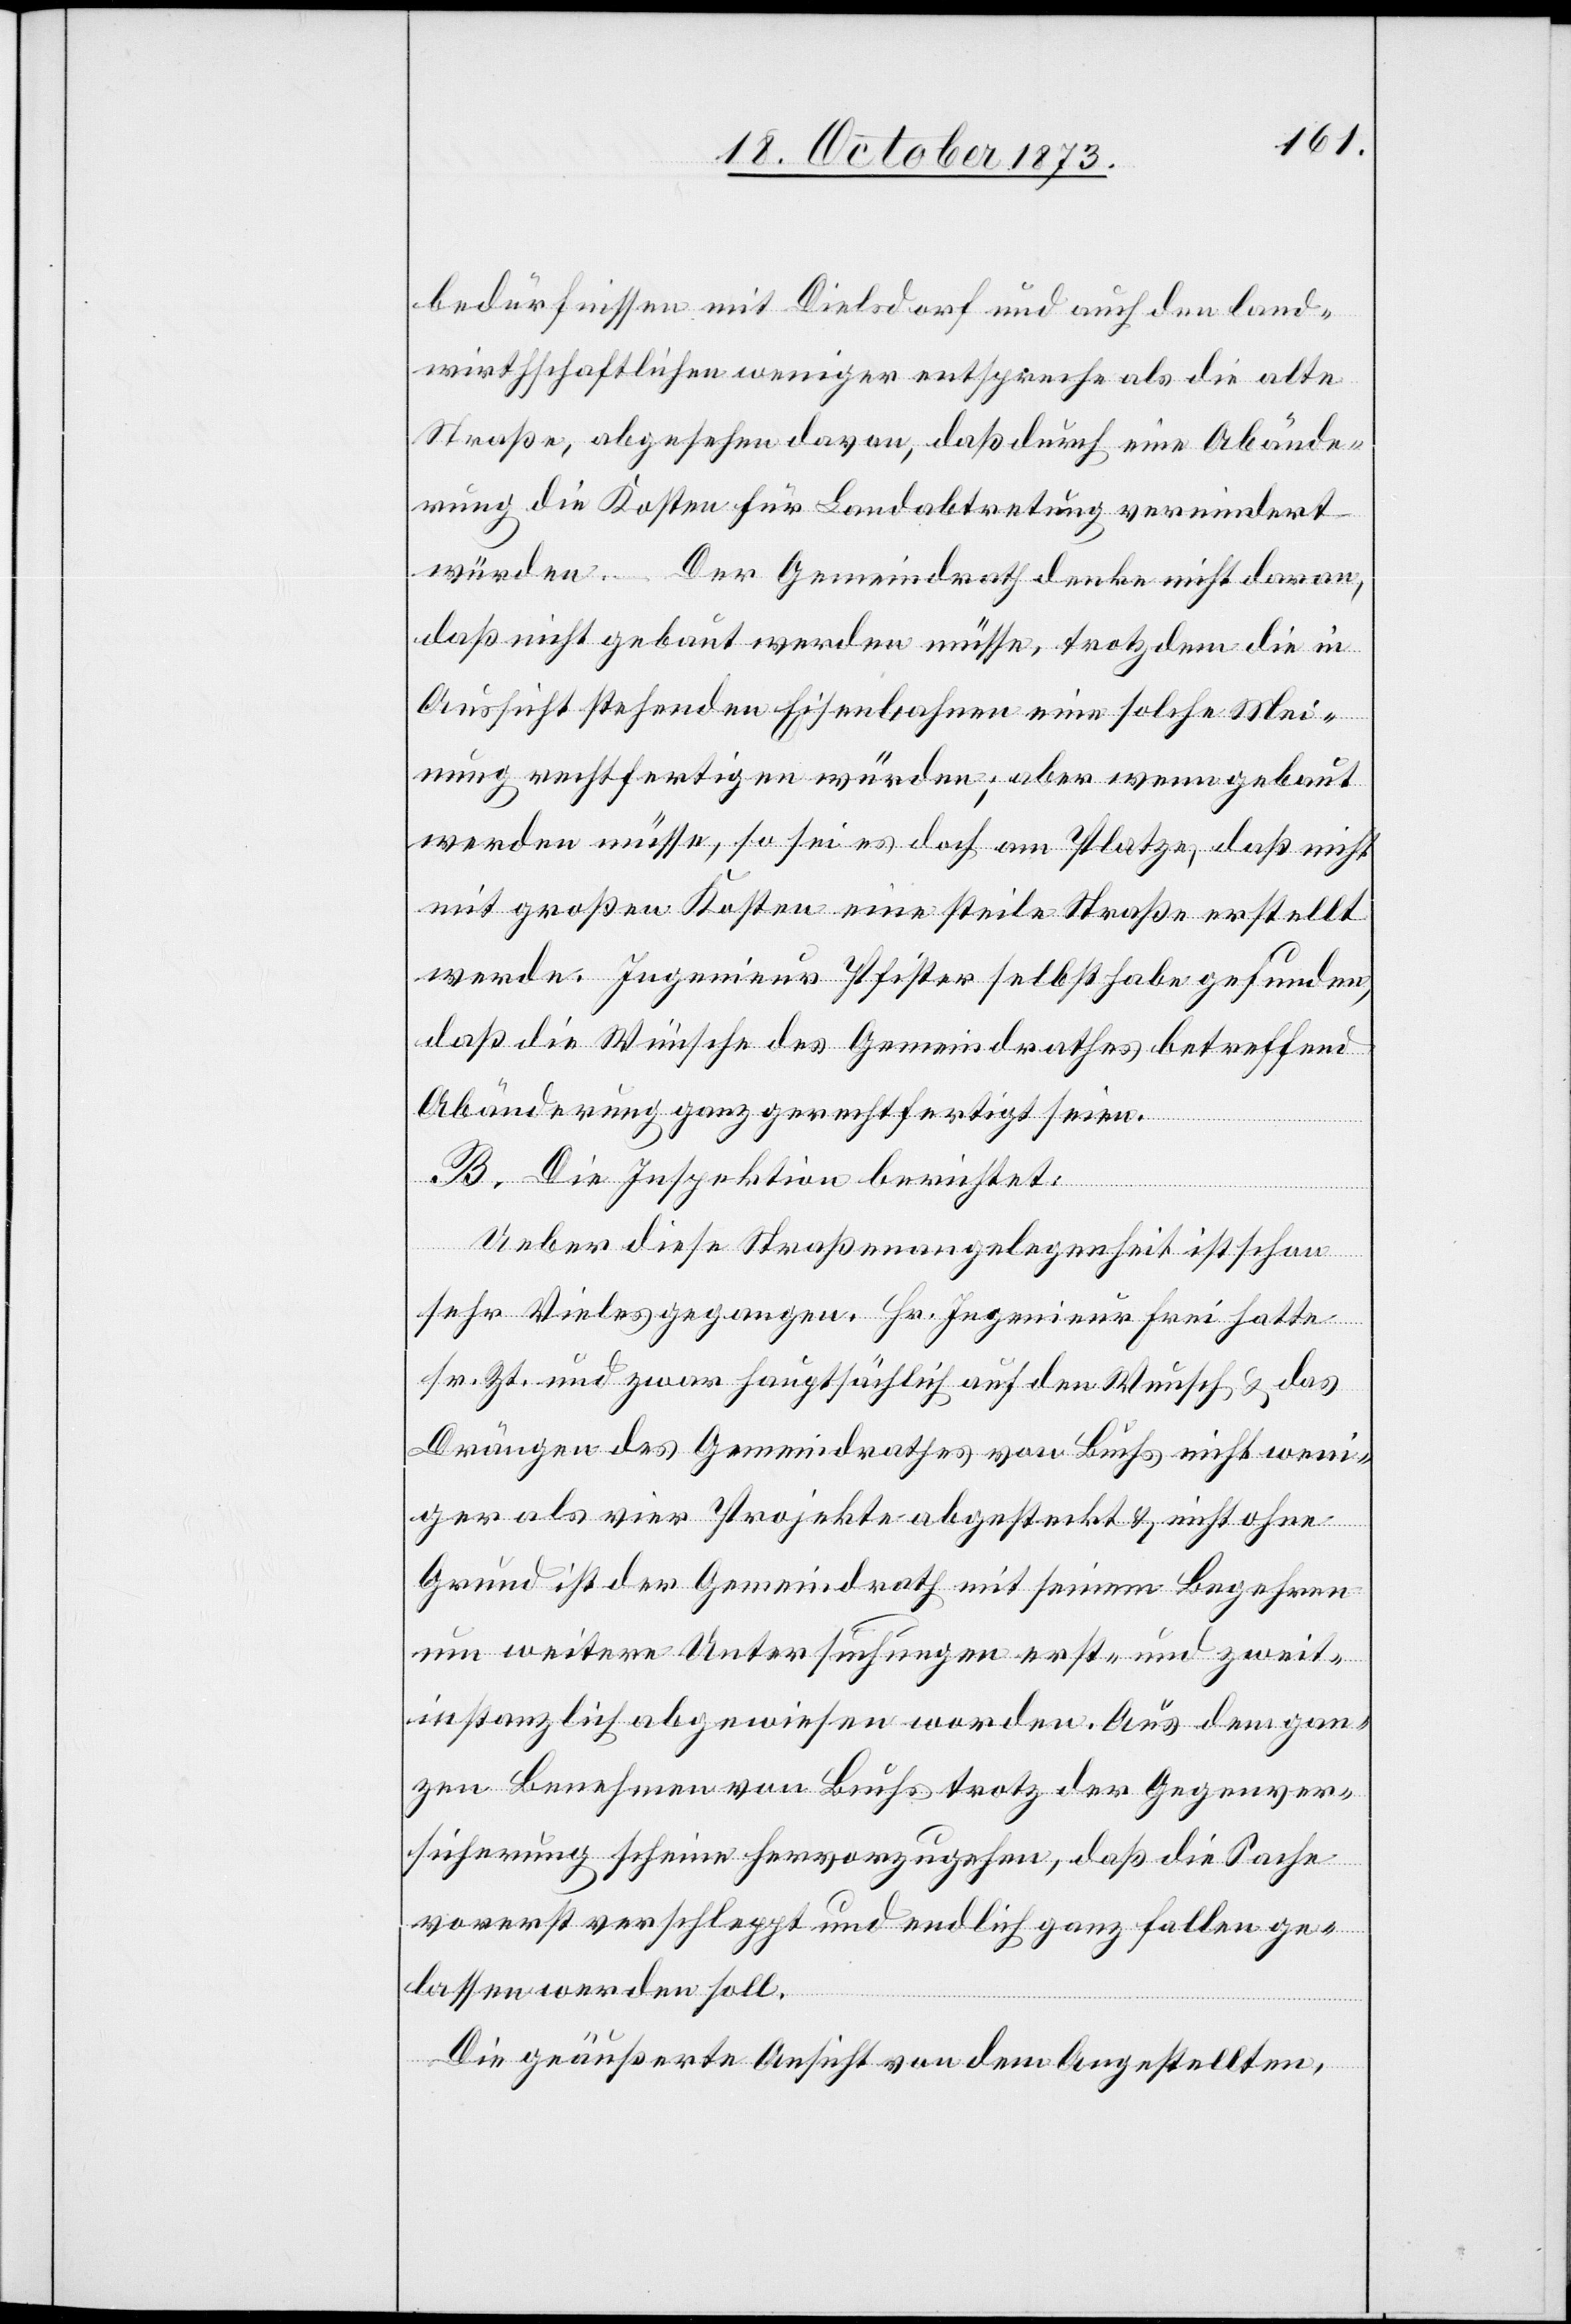
bedürfnissen mit Dielsdorf und auch den land¬
wirthschaftlichen weniger entspreche als die alte
Straße, abgesehen davon, daß durch eine Abände¬
rung die Kosten für Landabtretung vermindert
würden. – Der Gemeindrath denke nicht daran,
daß nicht gebaut werden müsse, trotzdem die in
Aussicht stehenden Eisenbahnen eine solche Mei¬
nung rechtfertigen würden; aber wenn gebaut
werden müsse, so sei es doch am Platze, daß nicht
mit großen Kosten eine steile Straße erstellt
werde. Ingenieur Pfister selbst habe gefunden,
daß die Wünsche des Gemeindrathes betreffend
Abänderung ganz gerechtfertigt seien.
B. Die Inspektion berichtet:
Ueber diese Straßenangelegenheit ist schon
sehr Vieles gegangen. Hr. Ingenieur Frei hatte
sr. Zt. und zwar hauptsächlich auf den Wunsch & das
Drängen des Gemeindrathes von Buchs nicht wen¬
iger als vier Projekte abgesteckt & nicht ohne
Grund ist der Gemeindrath mit seinem Begehren
um weitere Untersuchungen erst- und zweit¬
instanzlich abgewiesen worden. Aus dem gan¬
zen Benehmen von Buchs trotz der Gegenver¬
sicherung scheine hervorzugehen, daß die Sache
vorerst verschleppt und endlich ganz fallen ge¬
lassen werden soll.
Die geäußerte Ansicht von dem Angestellten,